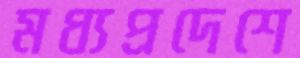
মধ্যপ্রদেশে